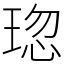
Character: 𤦏